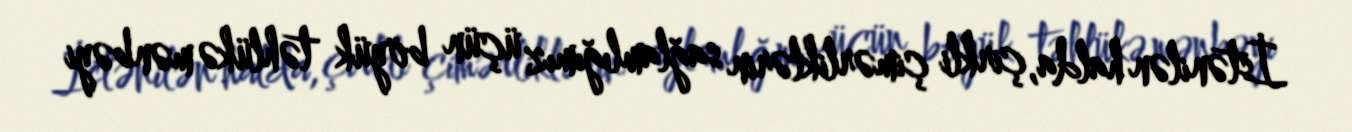
İstənilən halda, çirkli çimərliklərin sağlamlığımız üçün böyük təhlükə mənbəyi